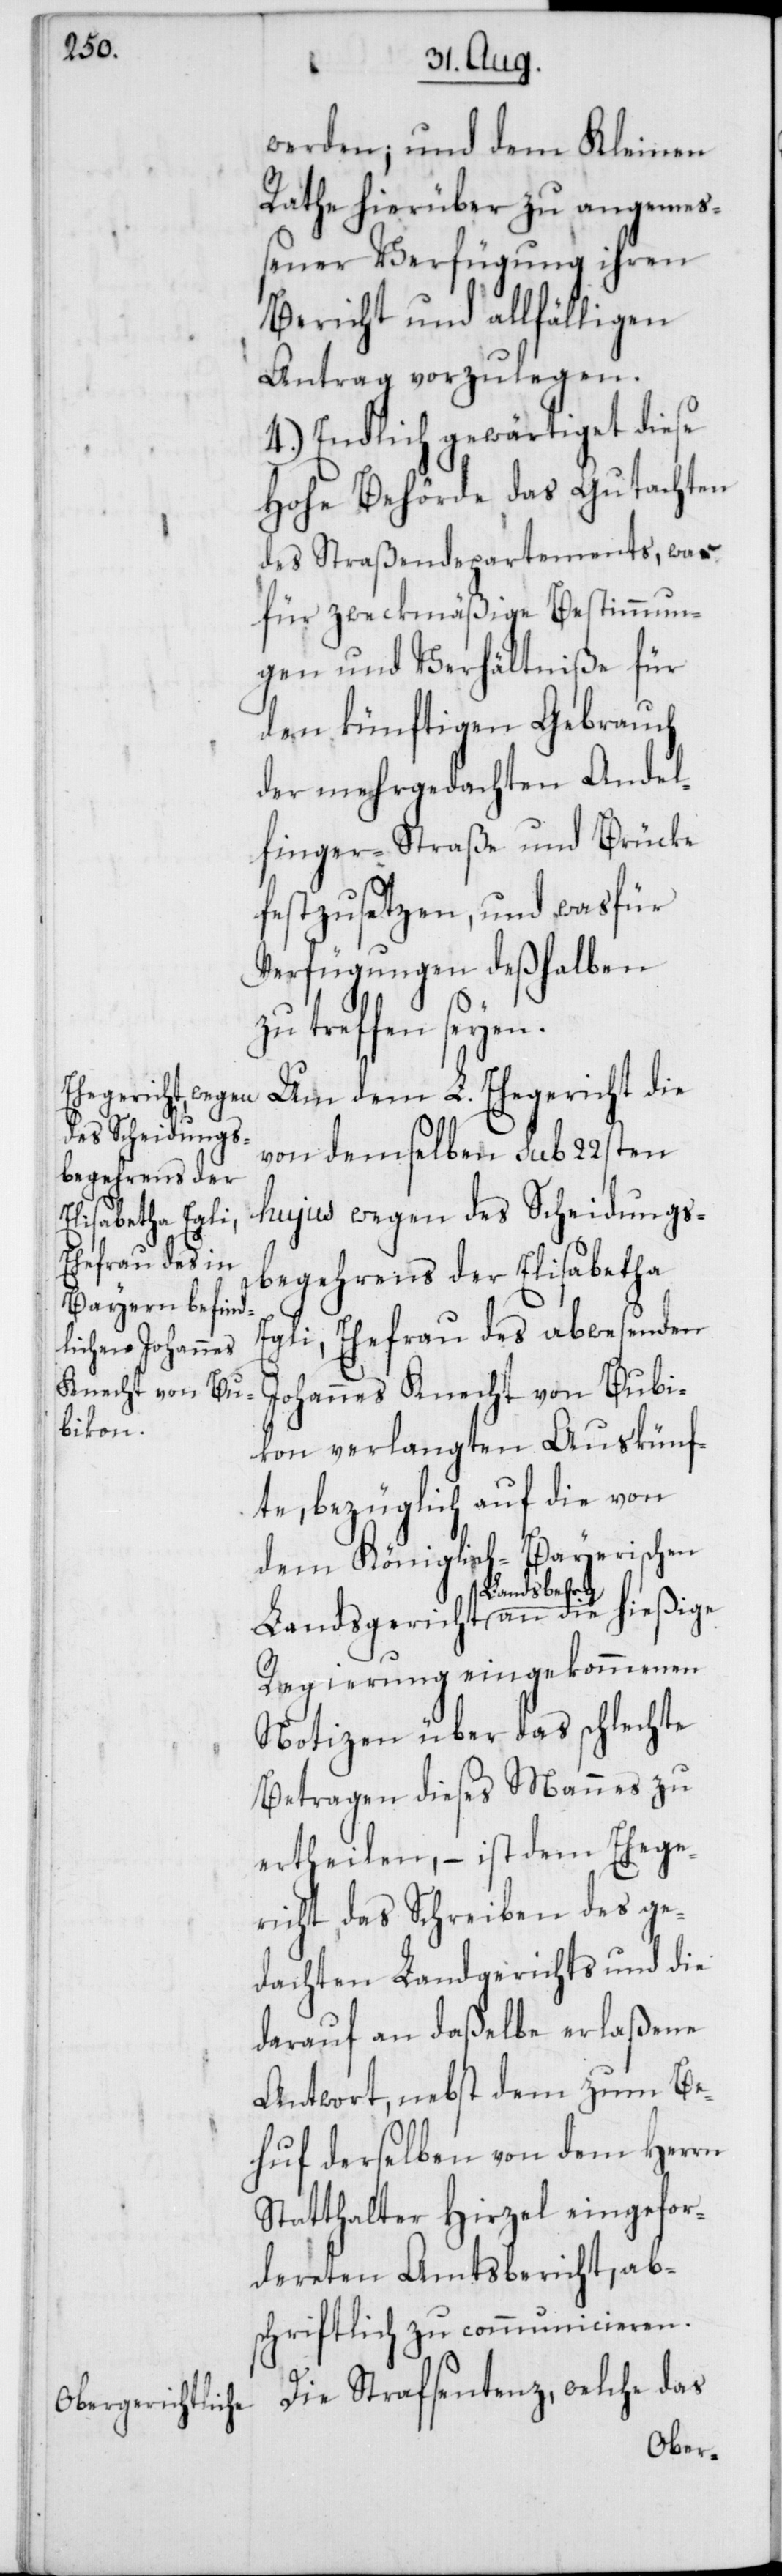
werden; und dem Kleinen
Rath hierüber zu angemeß¬
ener Verfügung ihren
Bericht und allfälligen
Antrag vorzulegen.
4.) Endlich gewärtiget diese
Hohe Behörde das Gutachten
des Straßendepartements, was
für zweckmäßige Bestimmun¬
gen und Verhältniße für
den künftigen Gebrauch
der mehrgedachten Andel¬
finger-Straße und Brücke
festzusetzen, und was für
Verfügungen deßhalben
die hießige
Um dem L. Ehegericht die
von demselben sub 22sten
hujus wegen des Scheidungs¬
begehrens der Elisabetha
Egli, Ehefrau des abwesenden
Johannes Knecht von Bubi¬
kon verlangten Auskünf¬
te, bezüglich auf die von
dem Königlich-Bayerischen
Landsbehrg
Regierung eingekommenen
Notizen über das schlechte
Betragen dieses Mannes zu
ertheilen, – ist dem Ehege¬
richt das Schreiben des ge¬
dachten Landgerichts und die
darauf an daßelbe erlaßene
Antwort, nebst dem zum Be¬
huf derselben von dem Herrn
Statthalter Hirzel eingefor¬
dereten Amtsbericht, ab¬
schriftlich zu communicieren.
Die Strafsentenz, welche das